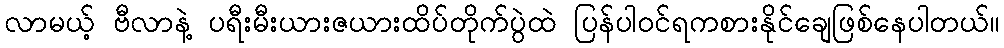
လာမယ့် ဗီလာနဲ့ ပရီးမီးယားဇယားထိပ်တိုက်ပွဲထဲ ပြန်ပါဝင်ရကစားနိုင်ချေဖြစ်နေပါတယ်။